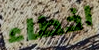
اخطاء